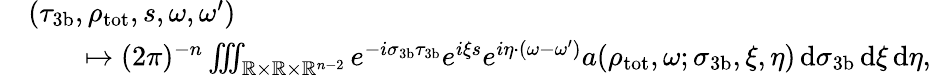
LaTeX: \begin{array}{rl}&{(\tau_{3\mathrm{b}},\rho_{\mathrm{tot}},s,\omega,\omega^{\prime})}\\ &{\qquad\mapsto(2\pi)^{-n}\iiint_{\mathbb{R}\times\mathbb{R}\times\mathbb{R}^{n-2}}e^{-i\sigma_{3\mathrm{b}}\tau_{3\mathrm{b}}}e^{i\xi s}e^{i\eta\cdot(\omega-\omega^{\prime})}a(\rho_{\mathrm{tot}},\omega;\sigma_{3\mathrm{b}},\xi,\eta)\, {\mathrm d}\sigma_{3\mathrm{b}}\, {\mathrm d}\xi\, {\mathrm d}\eta,}\end{array}